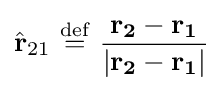
{\hat {\mathbf {r} }}_{21}\ {\stackrel {\mathrm {def} }{=}}\ {\frac {\mathbf {r_{2}-r_{1}} }{|\mathbf {r_{2}-r_{1}} |}}